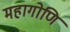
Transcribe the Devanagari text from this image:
महागोणि